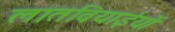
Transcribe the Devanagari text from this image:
लातवियाईयों